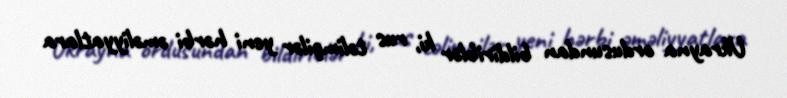
Ukrayna ordusundan bildiriblər ki, rus təlimçilər yeni hərbi əməliyyatlara